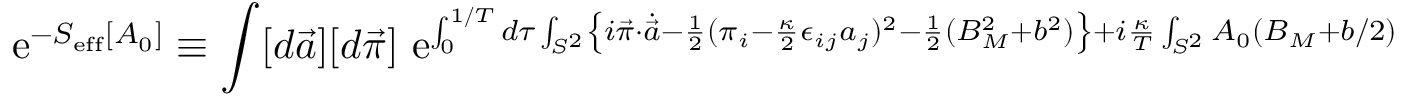
\mathrm { ~ e } ^ { - S _ { \mathrm { e f f } } [ A _ { 0 } ] } \equiv \int [ d \vec { a } ] [ d \vec { \pi } ] \mathrm { ~ e } ^ { \int _ { 0 } ^ { 1 / T } d \tau \int _ { S ^ { 2 } } \left\{ i \vec { \pi } \cdot \dot { \vec { a } } - \frac { 1 } { 2 } ( \pi _ { i } - \frac { \kappa } { 2 } \epsilon _ { i j } a _ { j } ) ^ { 2 } - \frac { 1 } { 2 } ( B _ { M } ^ { 2 } + b ^ { 2 } ) \right\} + i \frac { \kappa } { T } \int _ { S ^ { 2 } } A _ { 0 } \left( B _ { M } + b / 2 \right) }